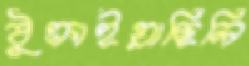
ঠুক্‌রাইয়াছিলি